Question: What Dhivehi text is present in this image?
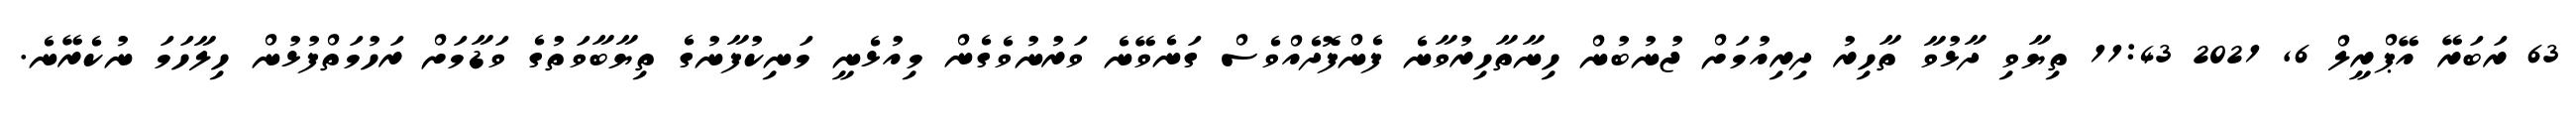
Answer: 63 ރަބަރޭ އޭޕްރީލް 6, 2021 11:43 ތިޔާވި ދާޅުވާ ތާހިރު ދިރިއުމަށް ޖުނުބުން ހިނާތާހިރުވާނެ ފެންފޮދެއްވެސް ގަނެވޭނެ ވަރުނުވެގެން މިއުޅެނީ މަނިކުފާނުގެ ތިޔާބާވަތުގެ ވަޑާމަށް ރަހުމަތްފުޅުން ހިލާހަމަ ނުކެރޭނެ.